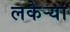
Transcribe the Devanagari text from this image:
लकेऱ्या